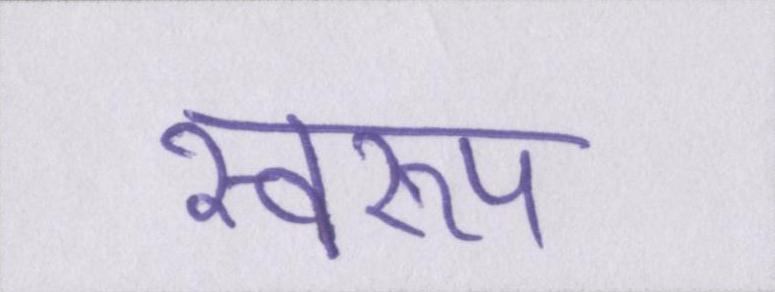
स्वरूप